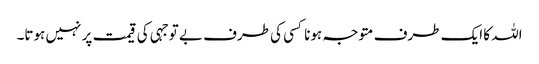
اللہ کا ایک طرف متوجہ ہونا کسی کی طرف بے توجہی کی قیمت پر نہیں ہوتا۔